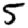
Digit: 5